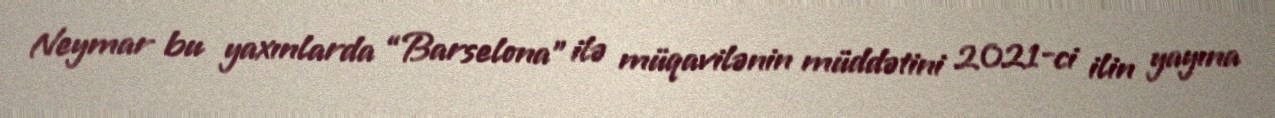
Neymar bu yaxınlarda “Barselona” ilə müqavilənin müddətini 2021-ci ilin yayına